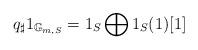
LaTeX: \begin{align*}q_\sharp 1_{\mathbb{G}_{m, S}}= 1_S\bigoplus 1_S(1)[1]\end{align*}